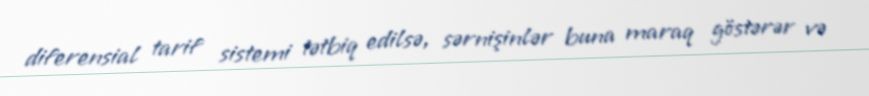
diferensial tarif sistemi tətbiq edilsə, sərnişinlər buna maraq göstərər və